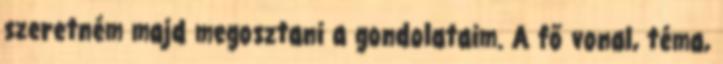
szeretném majd megosztani a gondolataim. A fő vonal, téma,